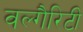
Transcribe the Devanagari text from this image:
वल्गैरिटी